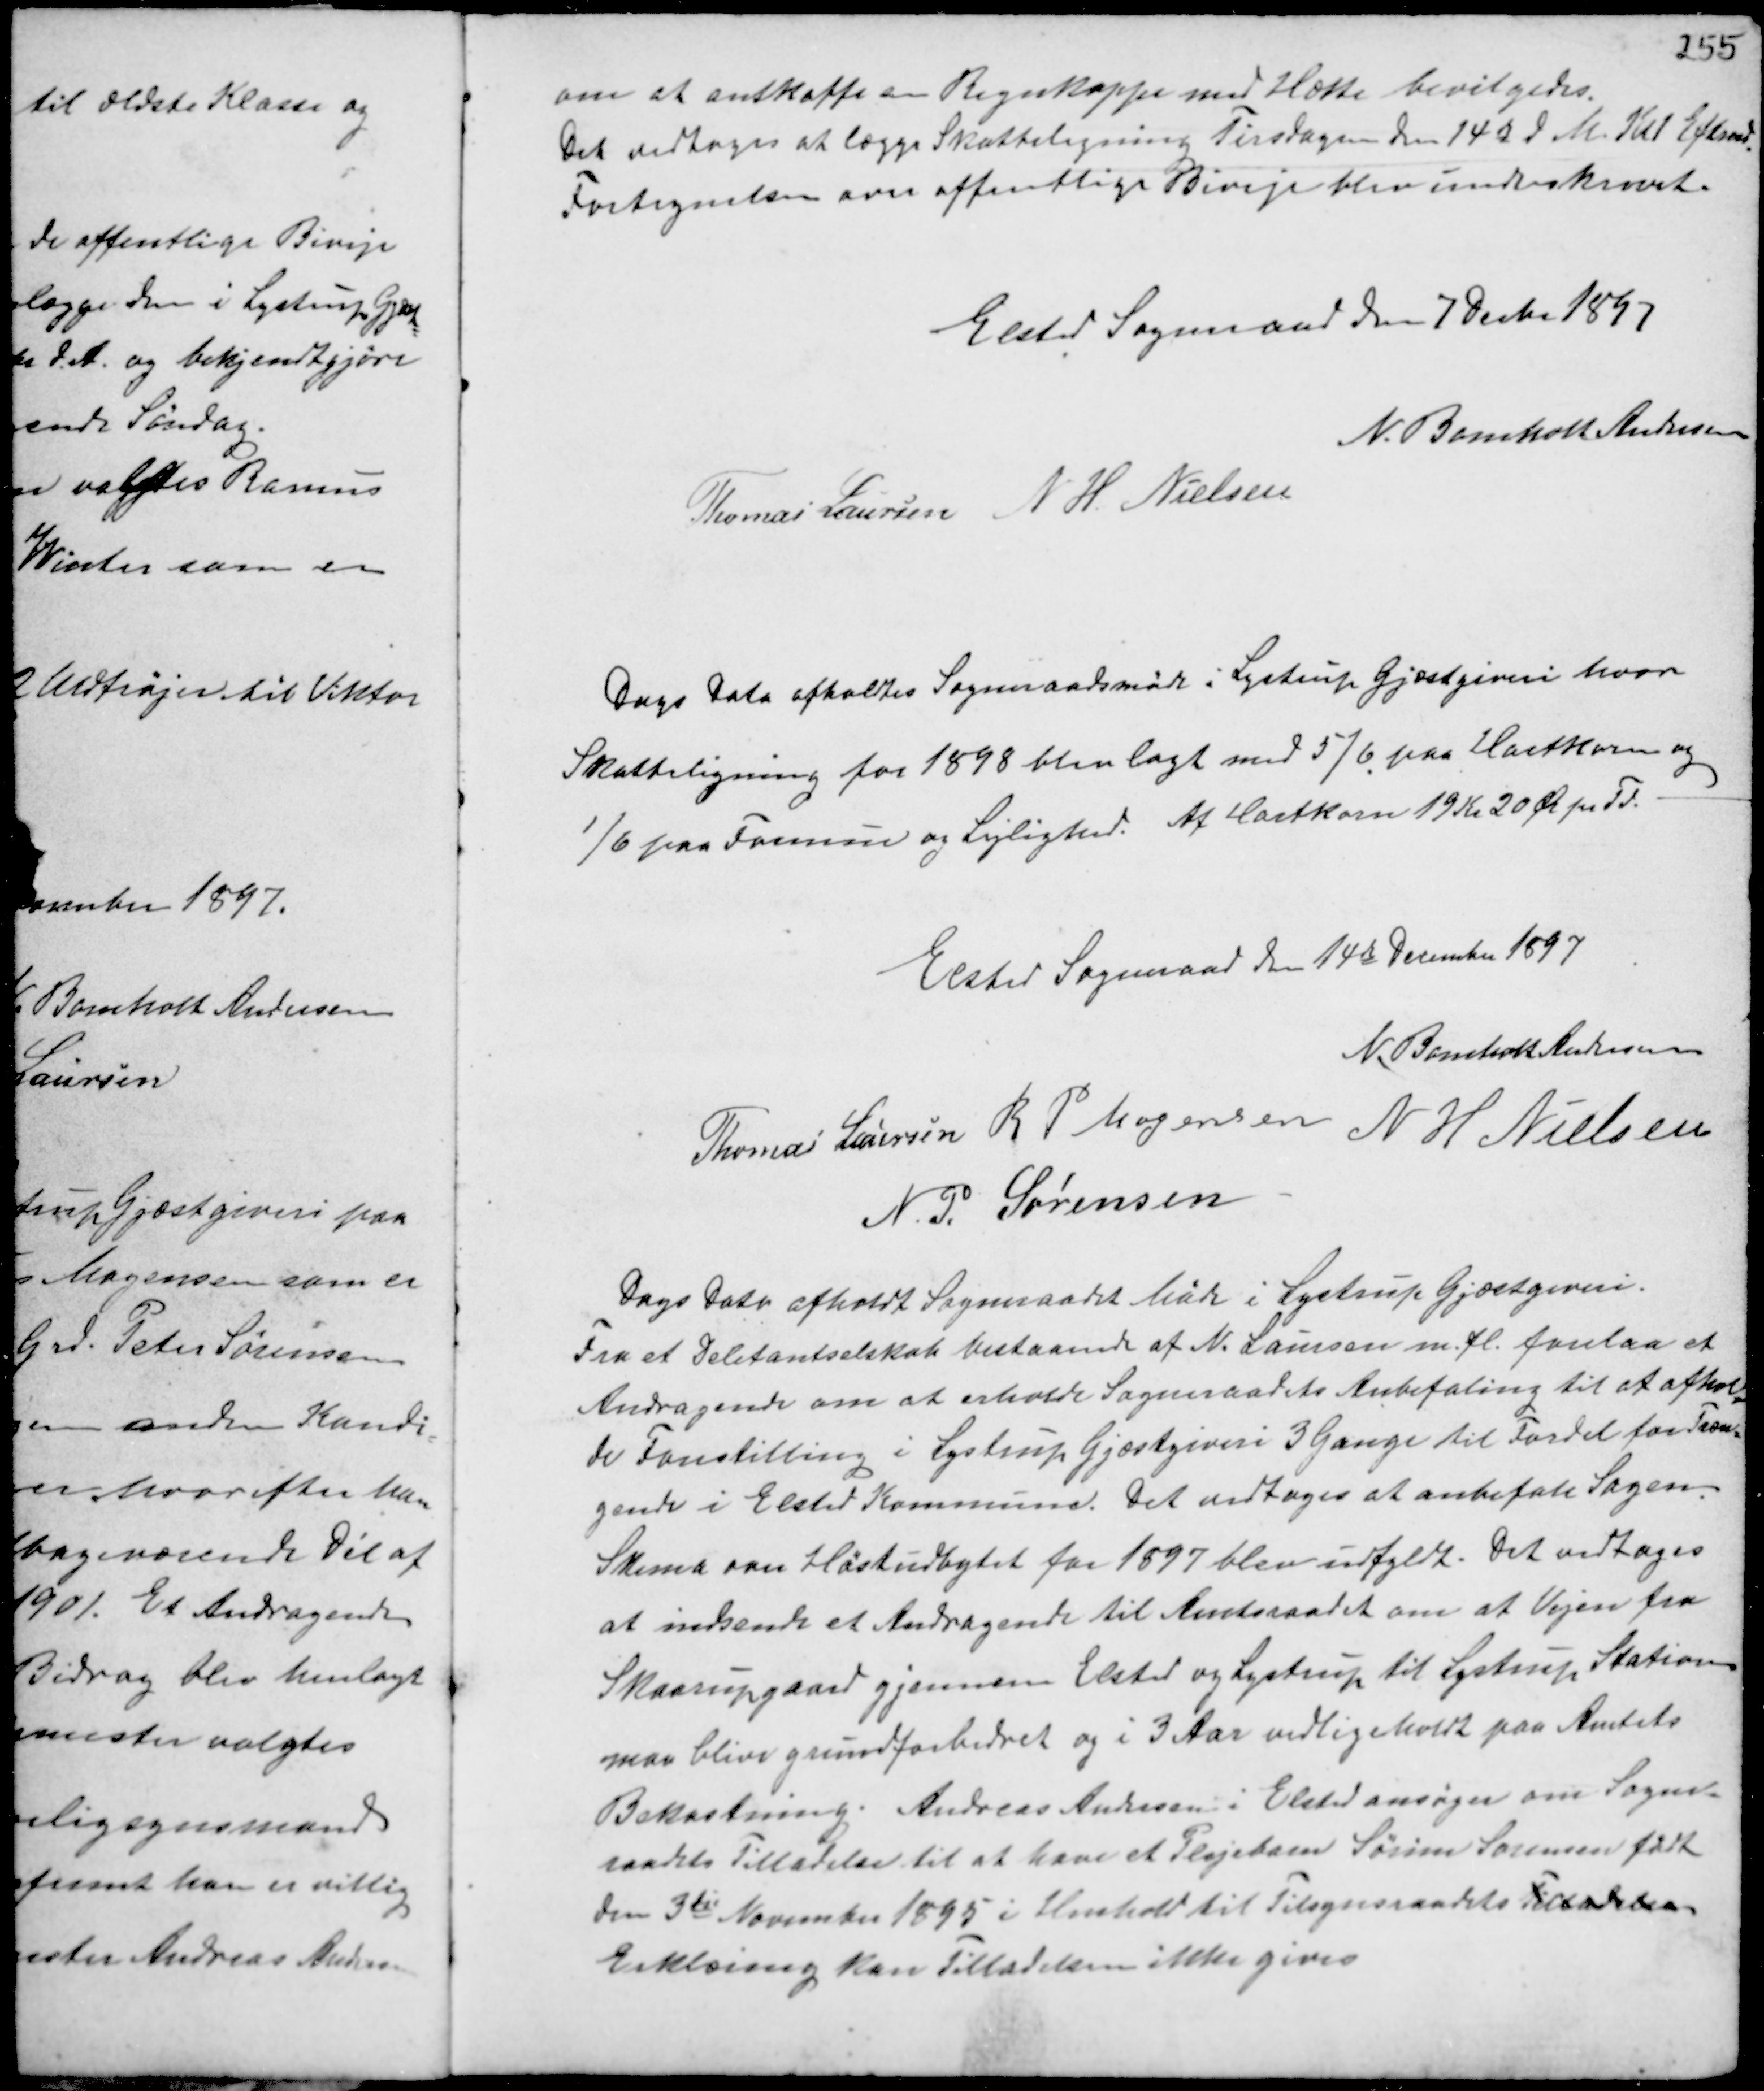
Transskription:
om at anskaffe en Regnkappe med Hætte bevilgedes.
Det vedtoges at lægge Skatteligning Tirsdagen den 14de d.M. Kl 1 Eftermd.
Fortegnelsen over offentlige Biveje blev underskrevet.

Elsted Sogneraad den 7 Decbr 1897
N. Bomholt Andersen
Thomas Laursen N H. Nielsen

Dags Dato afholdtes Sogneraadsmøde i Lystrup Gjæstgiveri hvor
Skatteligning for 1898 blev lagt med 5/6 paa Hartkorn og
1/6 paa Formue og Lejlighed. Af Hartkorn 19 Kr 20 Ør pr Td.

Elsted Sogneraad den 14de December 1897
N. Bomholt Andersen
Thomas Laursen R P Mogensen
N H Nielsen
N. P. Sørensen

Dags Dato afholdt Sogneraadet Møde i Lystrup Gjæstgiveri.
Fra et Delitantselskab bestaaende af N. Laursen m.fl. forelaa et
Andragende om at erholde Sogneraadets Anbefaling til at afhol-
de Forestilling i Lystrup Gjæstgiveri 3 Gange til Fordel for Træn-
gende i Elsted Kommune. Det vedtoges at anbefale Sagen.
Skema over Høstudbytet for 1897 blev udfyldt. Det vedtoges
at indsende et Andragende til Amtsraadet om at Vejen fra
Skaarupgaard gjennem Elsted og Lystrup til Lystrup Station
maa blive grundforbedret og i 3 Aar vedligeholdt paa Amtets
Bekostning. Andreas Andersen i Elsted ansøger om Sogne-
raadets Tilladelse til at have et Plejebarn Sørine Sørensen født
den 3die November 1895 i Henhold til Tilsynsraadets Tilladelse
Erklæring kan Tilladelsen ikke gives